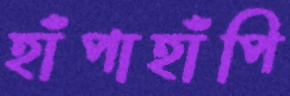
হাঁপাহাঁপি